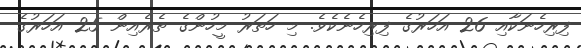
ފިރިހެނަކާއި 26 އަހަރުގެ ފިރިހެނެކެވެ. މި ހަތަރު މީހުންގެ ތެރެއިން 25 އަހަރުގެ